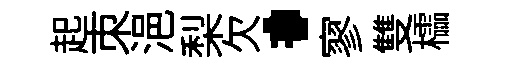
起朿浥梨欠·寥雙櫺